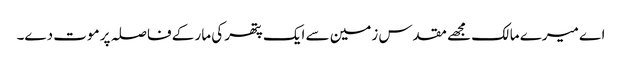
اے میرے مالک مجھے مقدس زمین سے ایک پتھر کی مار کے فاصلہ پر موت دے۔